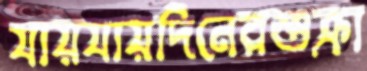
যায়যায়দিনেরশুক্রা